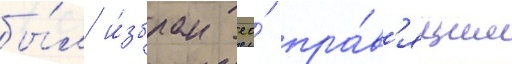
бы́л и́збран ео́ пра́в'ящим